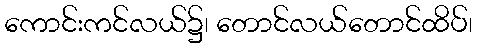
ကောင်းကင်လယ်၌၊ တောင်လယ်တောင်ထိပ်၊